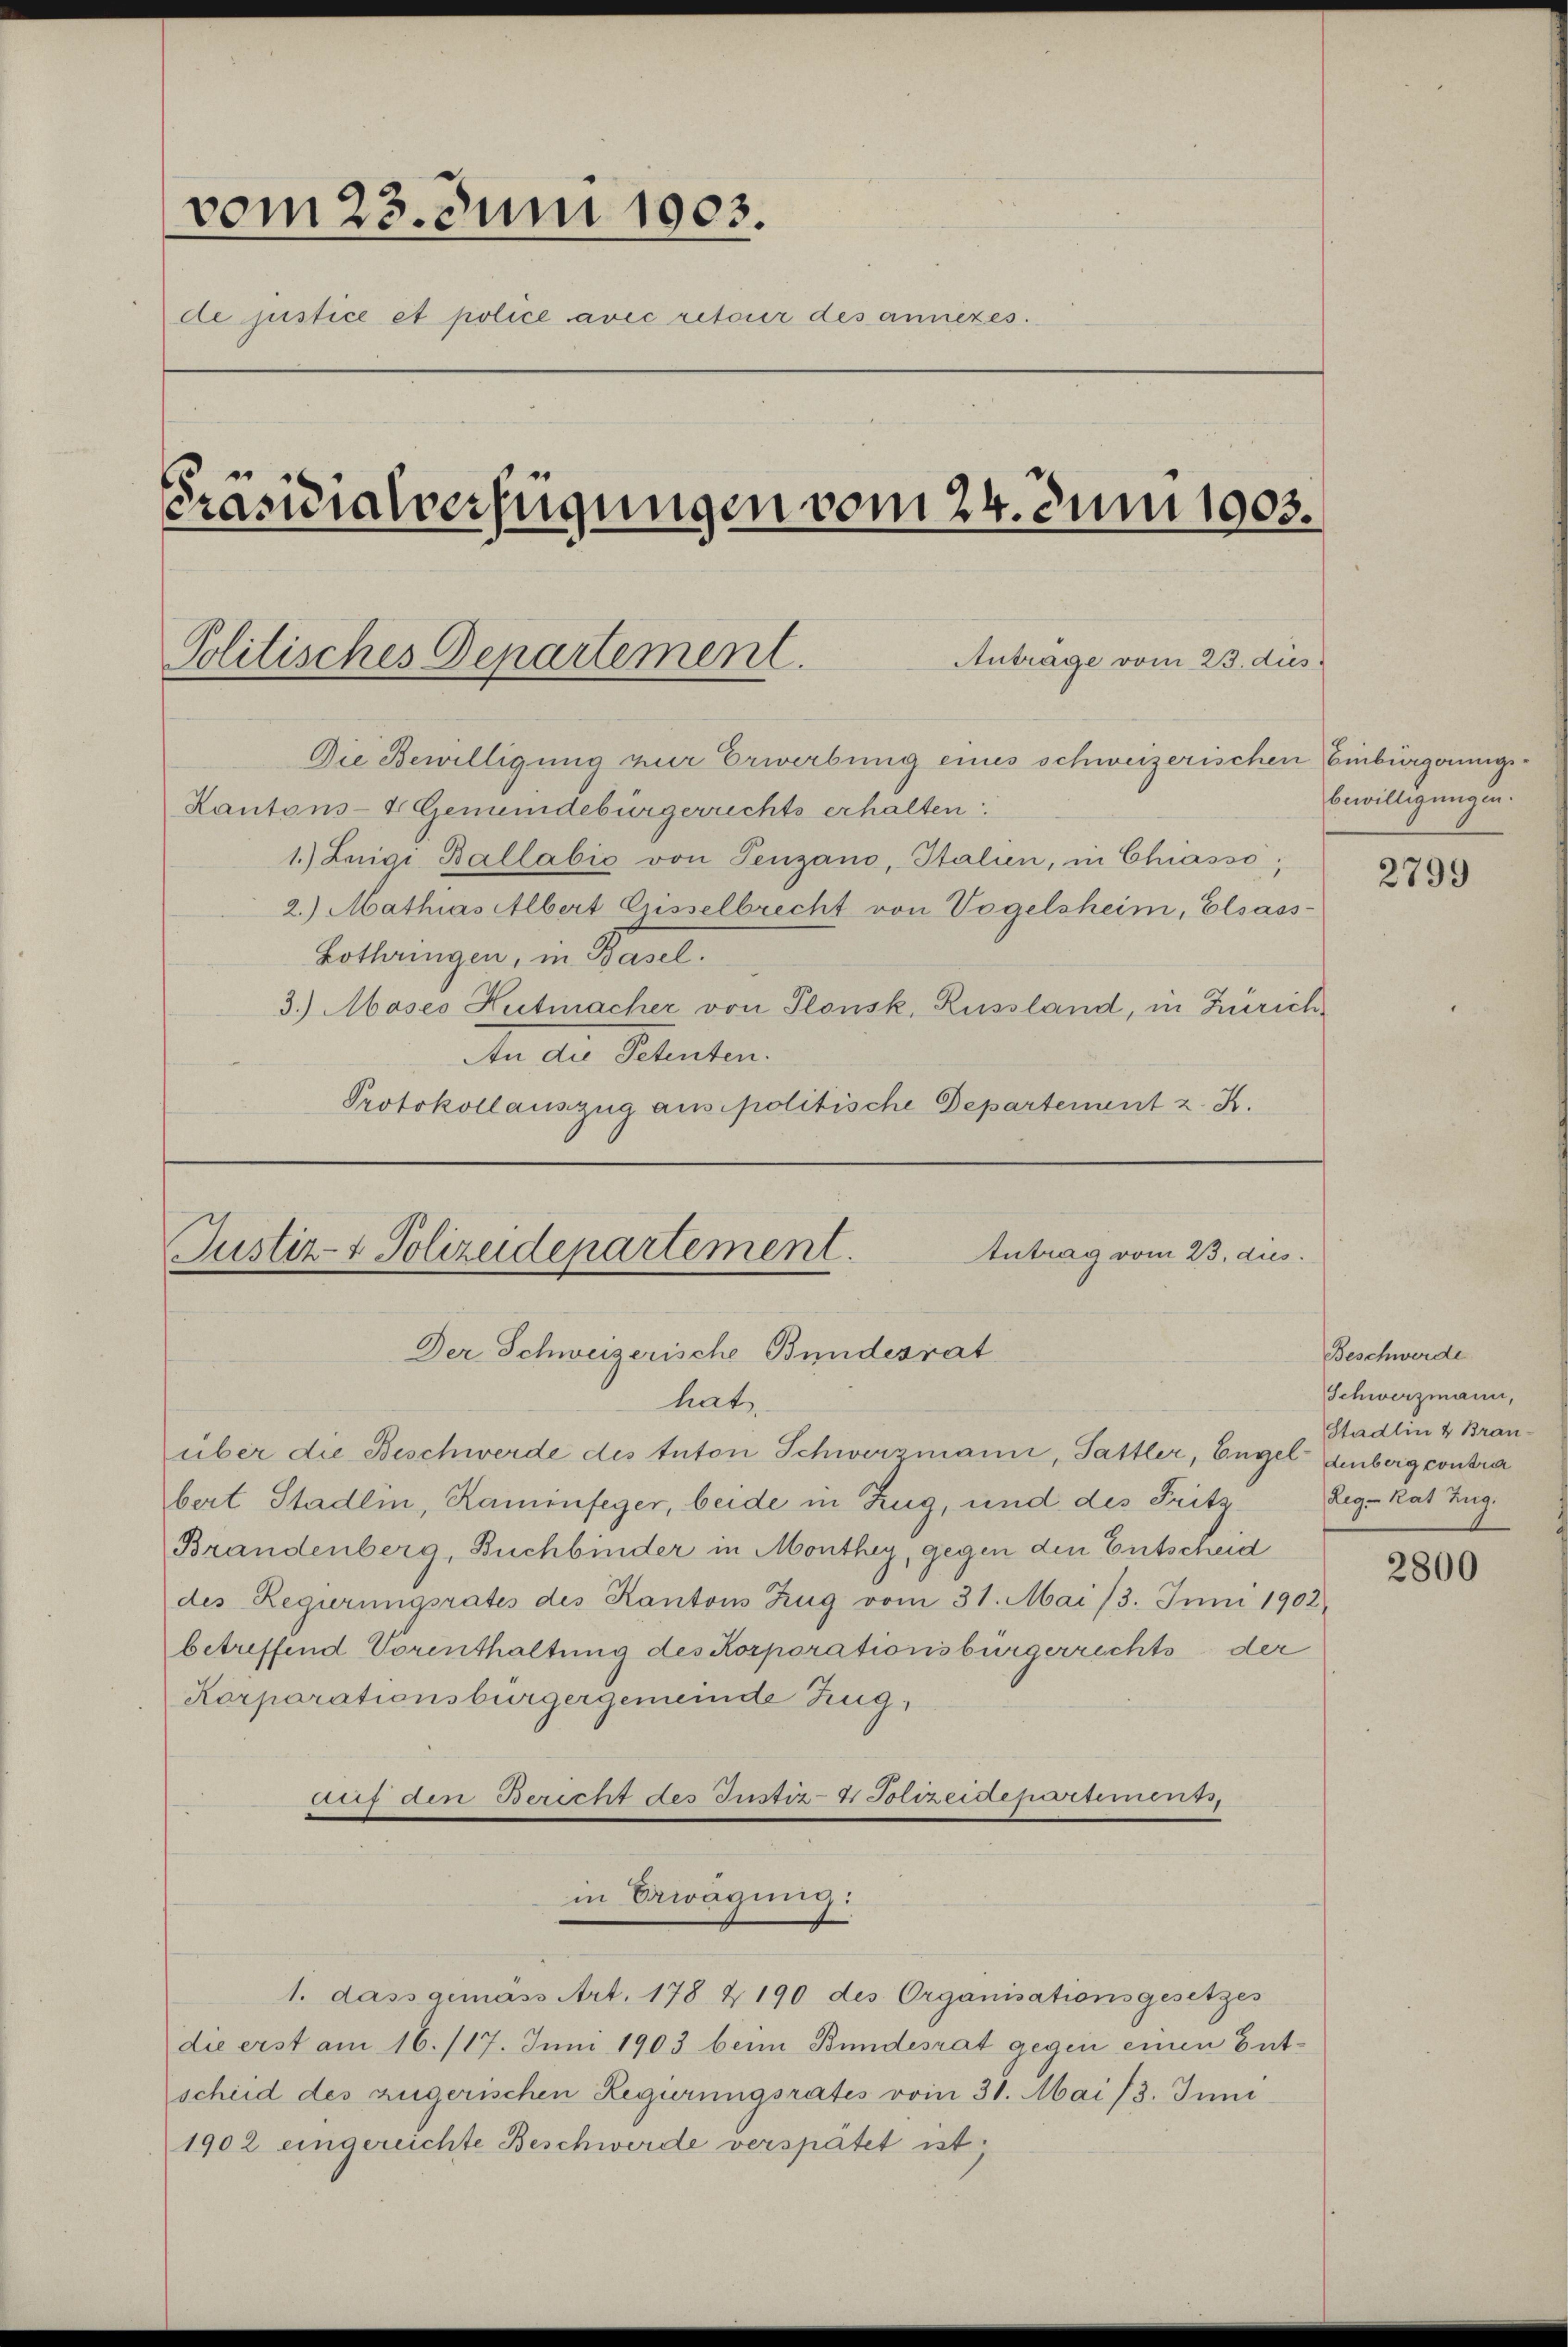
vom 23. Juni 1903.
de justice et police avec retour des anniezes.

Präsidialverfügungen vom 24. Juni 1903.

Die Bewilligung zur Erwerbung eines schweizerischen Einbürgerungs¬
Kantons- & Gemeindebürgerrichts erhalten.
1.) Leigi Ballabić von Penzano, Italien, in Chiasso;
2.) Mathias Albert Crisselbrecht von Vogelsheim, Elsass-
Lothringen, in Basel.
3.) Moses Hutmacher von Plonsk, Russland, in Zürich
An die Petenten.
Protokollauszug aus politische Departement z. B.

Politisches Departement.

Antrag vom 23. dies
Justiz- & Polizeidepartement.
Der Schweizerische Bundesrat

hat
über die Beschwerde des tutori Schwerzmann, Sattler, Engel Einberg contra
bert Stadlin, Kaminfeger, beide in Zug, und des Fritz
Brandenberg, Buchbinder in Monthey, gegen den Entscheid
des Regierungsrates des Kantons Zug vom 31. Mai 13. Juni 1902
betreffend Vorenthaltung des Korporationsbürgerrechts der
Korporationsbürgergemeinde Zug,
Auf den Bericht des Justiz- & Polizeidepartement,
in Bewägung:

Anträge vom 23. dies

1. dass gemäss Art. 178 & 190 des Organisationsgesetzes
die erst am 16. 117. Juni 1903 beim Bundesrat gegen einen Entscheid des zugerischen Regierungsrates vom 31. Mai 13. Juni
1902 eingereichte Beschwerde verspätet ist;

bewilligungen.

2799

Beschwerde
Schwerzmann,
Stadlin & Bran-
Reg-Rat. Zug.

2800